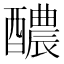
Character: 醲